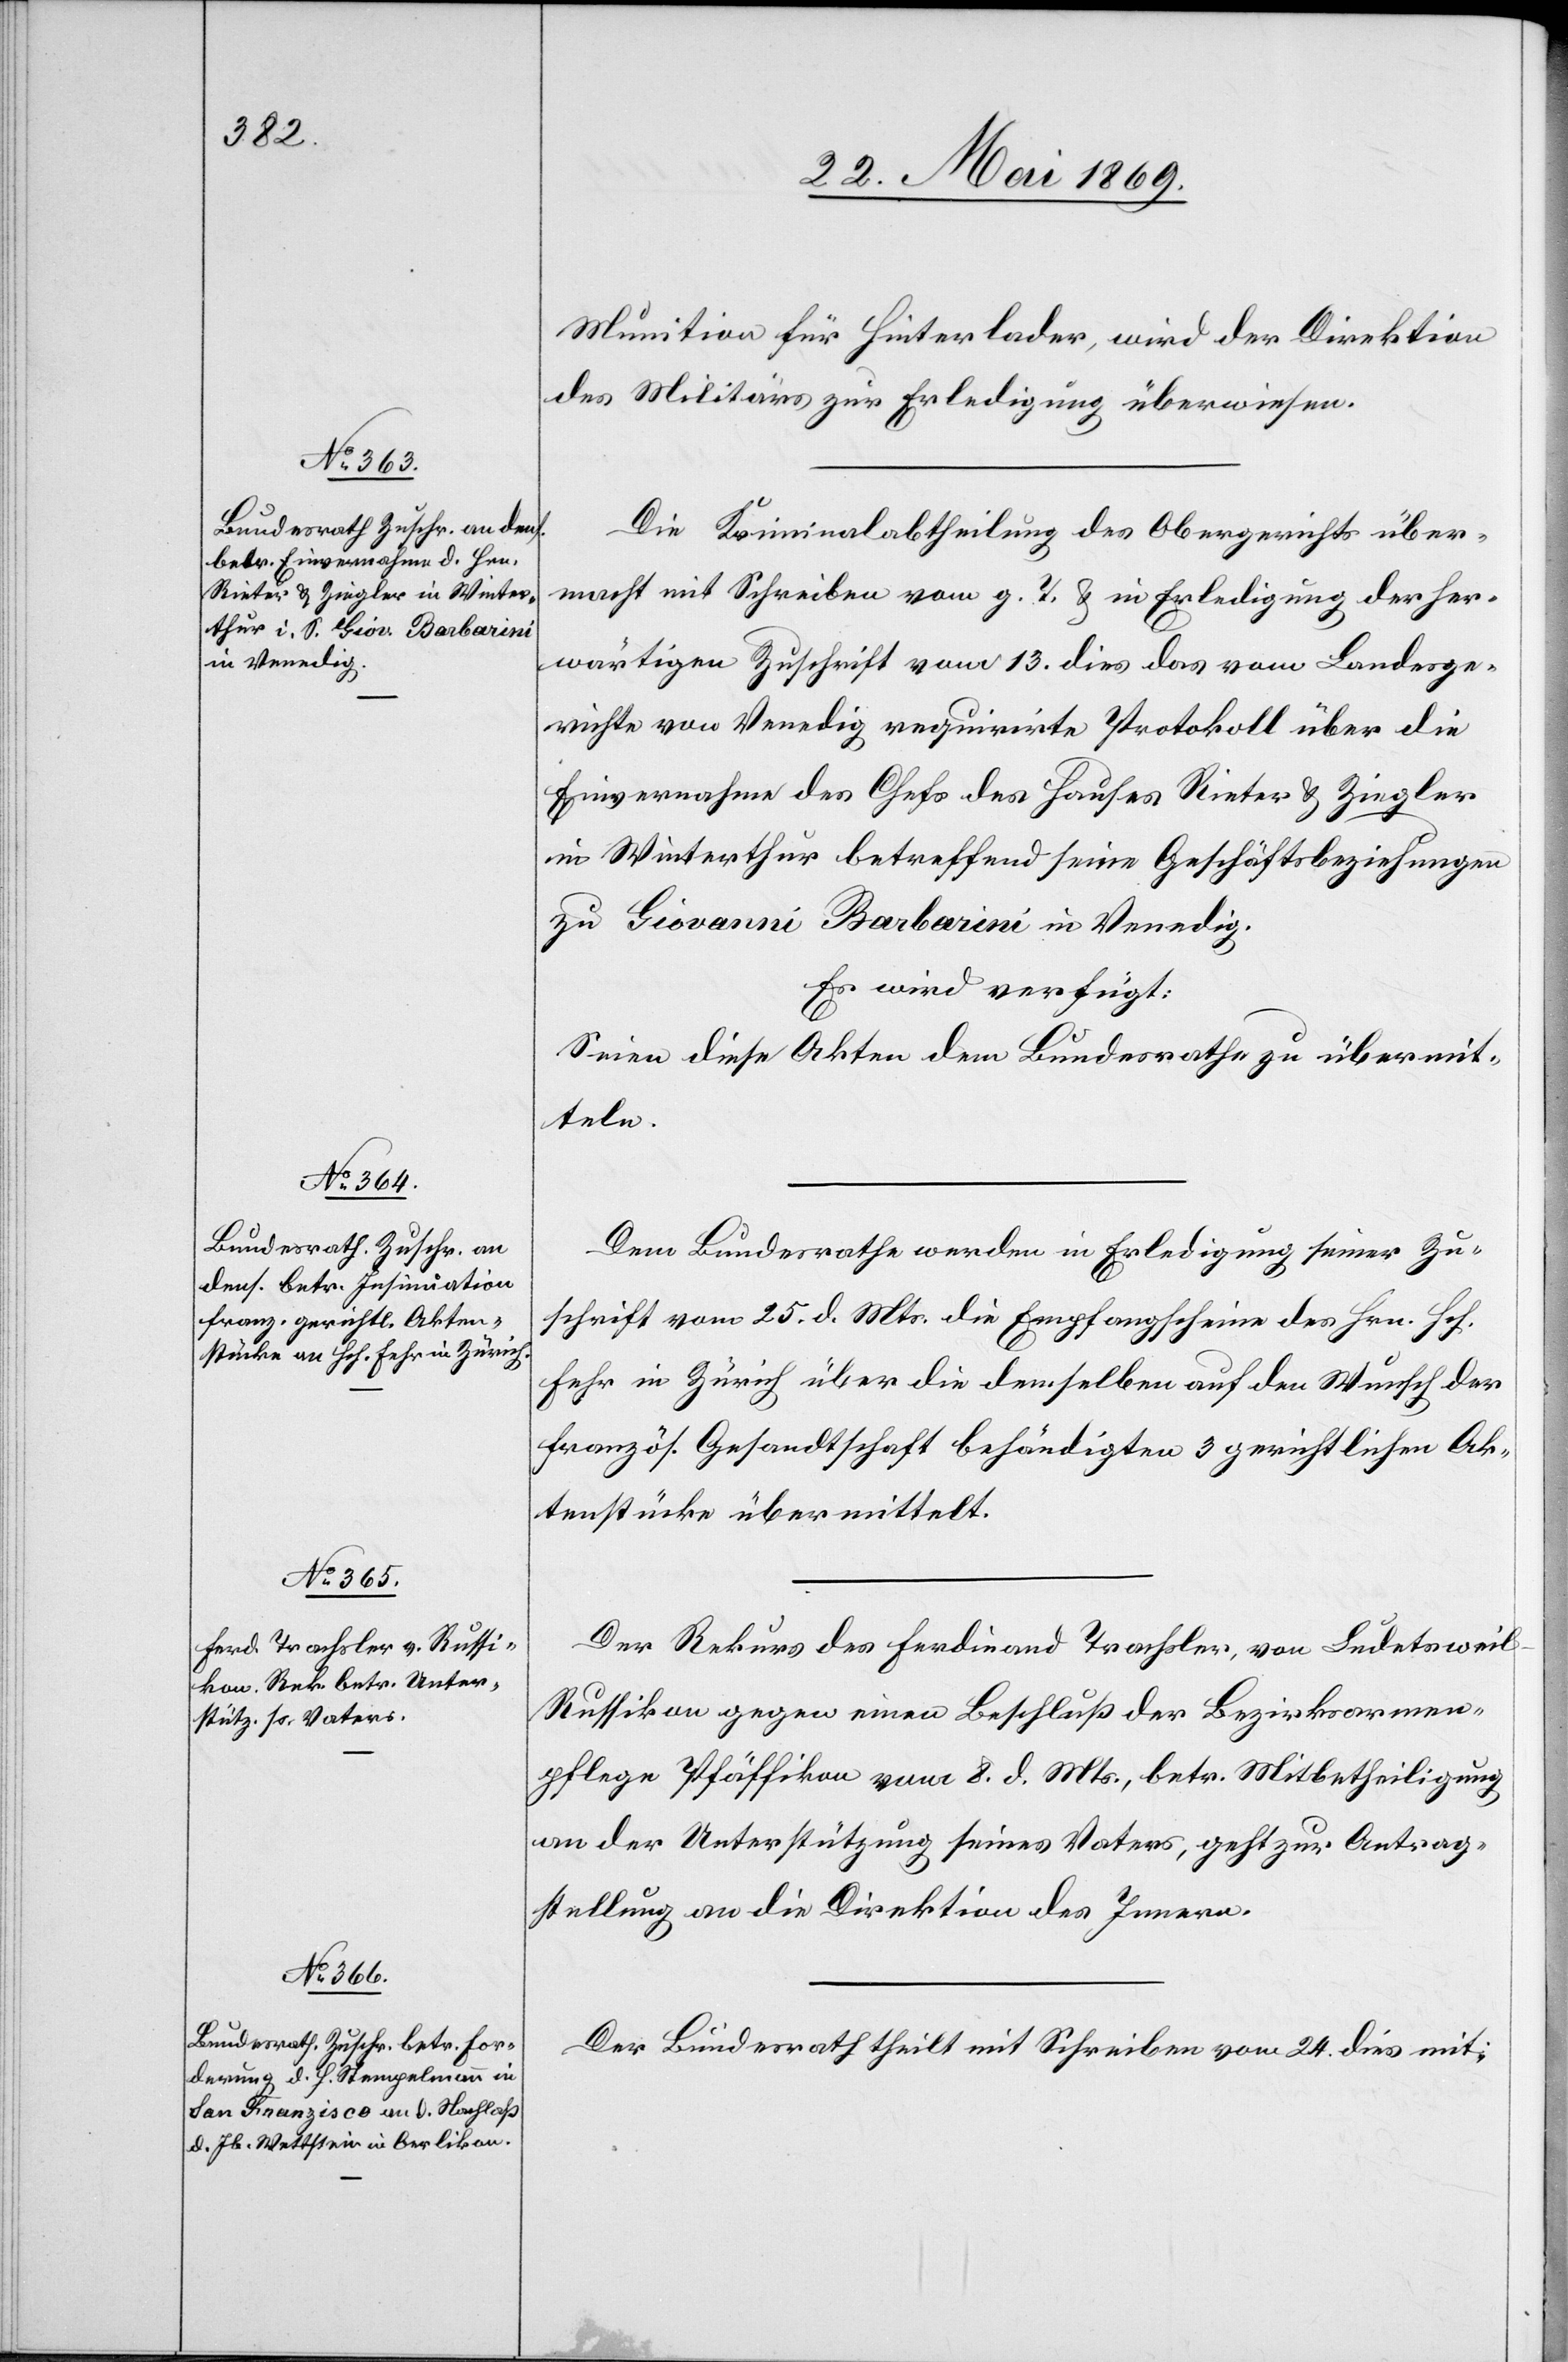
28. Mai 1869.]
Munition für Hinterlader, wird der Direktion
des Militärs zur Erledigung überwiesen.
Die Kriminalabtheilung des Obergerichts über¬
macht mit Schreiben vom g. T. in Erledigung der her¬
wärtigen Zuschrift vom 13. dies das vom Landge¬
richte von Venedig requirirte Protokoll über die
Einvernahme des Chefs des Hauses Rieter u. Ziegler
in Winterthur betreffend seine Geschäftsbeziehungen
zu Giovanni Barbarini in Venedig.
Es wird verfügt:
Seien diese Akten dem Bundesrathe zu übermit¬
teln.
Dem Bundesrathe werden in Erledigung seiner Zu¬
schrift vom 25. d. Mts. die Empfangsscheine des Hrn. Hch.
Fehr in Zürich über die demselben auf den Wunsch der
französ. Gesandtschaft behändigten 3 gerichtlichen Ak¬
tenstücke übermittelt.
Der Rekurs des Ferdinand Trachsler, von Ludetswei¬
l-Russikon gegen einen Beschluß der Bezirksarmen¬
pflege Pfäffikon vom 8. d. Mts., betr. Mitbetheiligung
an der Unterstützung seines Vaters, geht zur Antrag¬
stellung an die Direktion des Innern.
Der Bundesrath theilt mit Schreiben vom 24. dies mit: